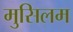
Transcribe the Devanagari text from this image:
मुसिलम